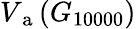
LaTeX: V_{\mathrm{~a~}}(G_{10000})